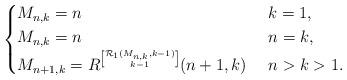
LaTeX: \begin{align*}\begin{cases}M_{n,k}=n & \ k=1, \\M_{n,k}=n & \ n= k,\\M_{n+1,k} = \displaystyle R^{{\mathcal{R}_{1}(M_{n,k},k-1) \brack k-1}}(n+1,k) & \ n> k>1.\end{cases}\end{align*}